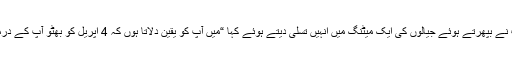
وٹّو صاحب نے بپھرتے ہوئے جیالوں کی ایک میٹنگ میں انہیں تسلی دیتے ہوئے کہا “میں آپ کو یقین دلاتا ہوں کہ 4 اپریل کو بھٹو آپ کے درمیان ہو گا”۔